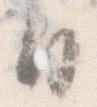
日